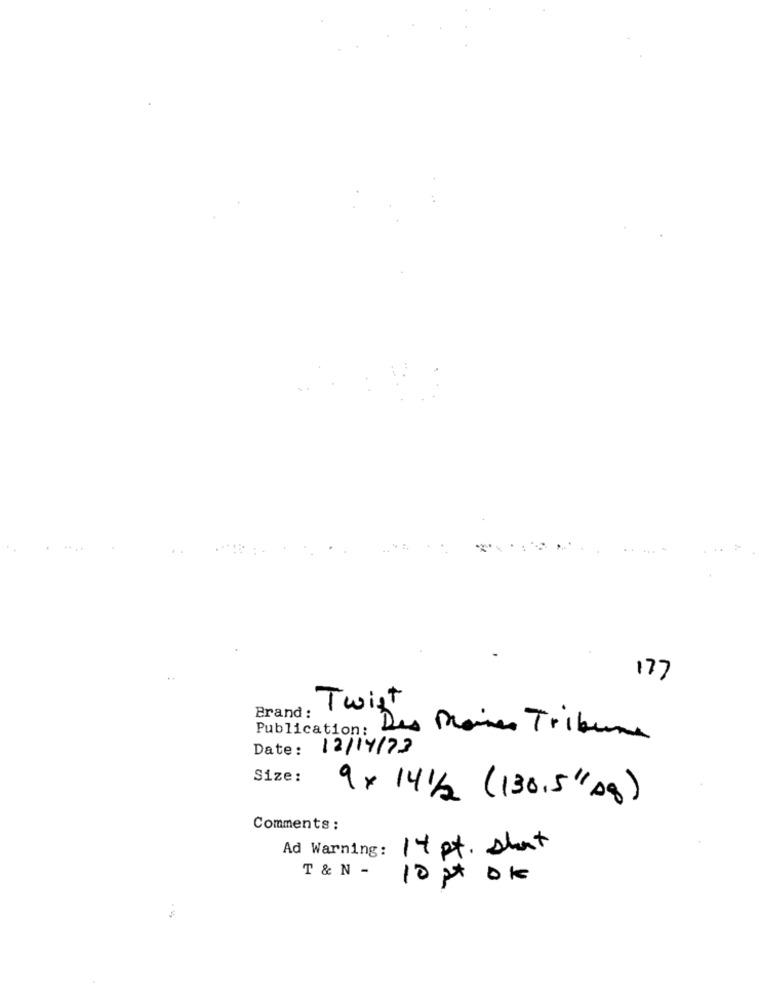
177
Twist
Brand :
Publication:
Des Moines Tribune
Date:
12/14/73
Size:
9 x 141/2 (130.5" Ag)
Comments :
Ad Warning:
14 pt. short
T & N -
10 2 0K